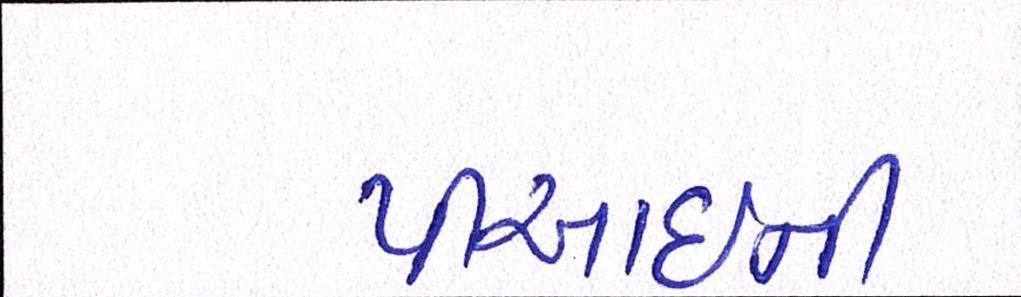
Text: પીઆઈની